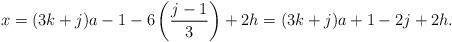
LaTeX: \begin{align*}x & = (3k+j) a - 1 - 6 \left(\frac{j-1}{3} \right) + 2 h = (3k+j) a + 1 - 2 j + 2h.\end{align*}